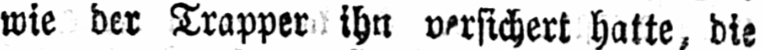
wie der Trapper ihn versichert hatte, die